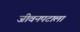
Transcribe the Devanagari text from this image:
जीवनपटाला